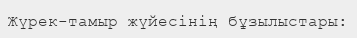
Жүрек-тамыр жүйесінің бұзылыстары: